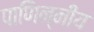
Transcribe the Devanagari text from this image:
पाणिन्नीय